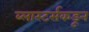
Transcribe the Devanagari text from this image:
ब्लास्टर्सकडून